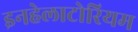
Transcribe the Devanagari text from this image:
इनहेलाटोरियम